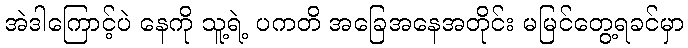
အဲဒါကြောင့်ပဲ နေကို သူ့ရဲ့ ပကတိ အခြေအနေအတိုင်း မမြင်တွေ့ရခင်မှာ